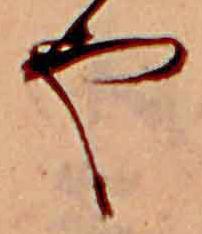
や